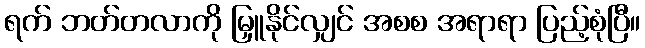
ရက် ဘတ်တလာကို မြှူနိုင်လျှင် အစစ အရာရာ ပြည့်စုံပြီ။